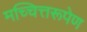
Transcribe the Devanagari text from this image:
मच्चित्तरूपेण